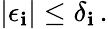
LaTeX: |\epsilon_{\mathbf{i}}|\le\delta_{\mathbf{i}}\, .